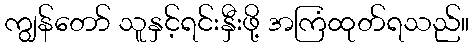
ကျွန်တော် သူနှင့်ရင်းနှီးဖို့ အကြံထုတ်ရသည်။